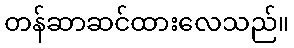
တန်ဆာဆင်ထားလေသည်။